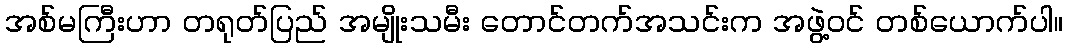
အစ်မကြီးဟာ တရုတ်ပြည် အမျိုးသမီး တောင်တက်အသင်းက အဖွဲ့ဝင် တစ်ယောက်ပါ။